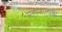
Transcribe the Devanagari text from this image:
महाजालाचा